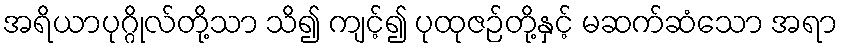
အရိယာပုဂ္ဂိုလ်တို့သာ သိ၍ ကျင့်၍ ပုထုဇဉ်တို့နှင့် မဆက်ဆံသော အရာ